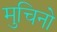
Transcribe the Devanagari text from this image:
मुचिनो